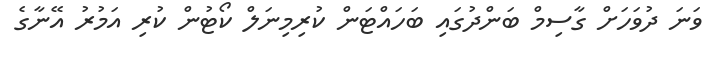
ވަނަ ދުވަހަށް ގާސިމް ބަންދުގައި ބަހައްޓަން ކުރިމިނަލް ކޯޓުން ކުރި އަމުރު އޭނާގެ